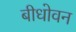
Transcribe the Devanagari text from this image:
बीधोवन